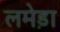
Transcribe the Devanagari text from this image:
लमेड़ा